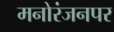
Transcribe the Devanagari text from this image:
मनोरंजनपर